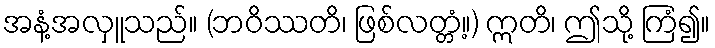
အနံ့အလှူသည်။ (ဘဝိဿတိ၊ ဖြစ်လတ္တံ့။) ဣတိ၊ ဤသို့ ကြံ၍။